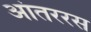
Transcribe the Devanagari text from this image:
आंतररस